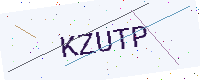
Text: KZUTP